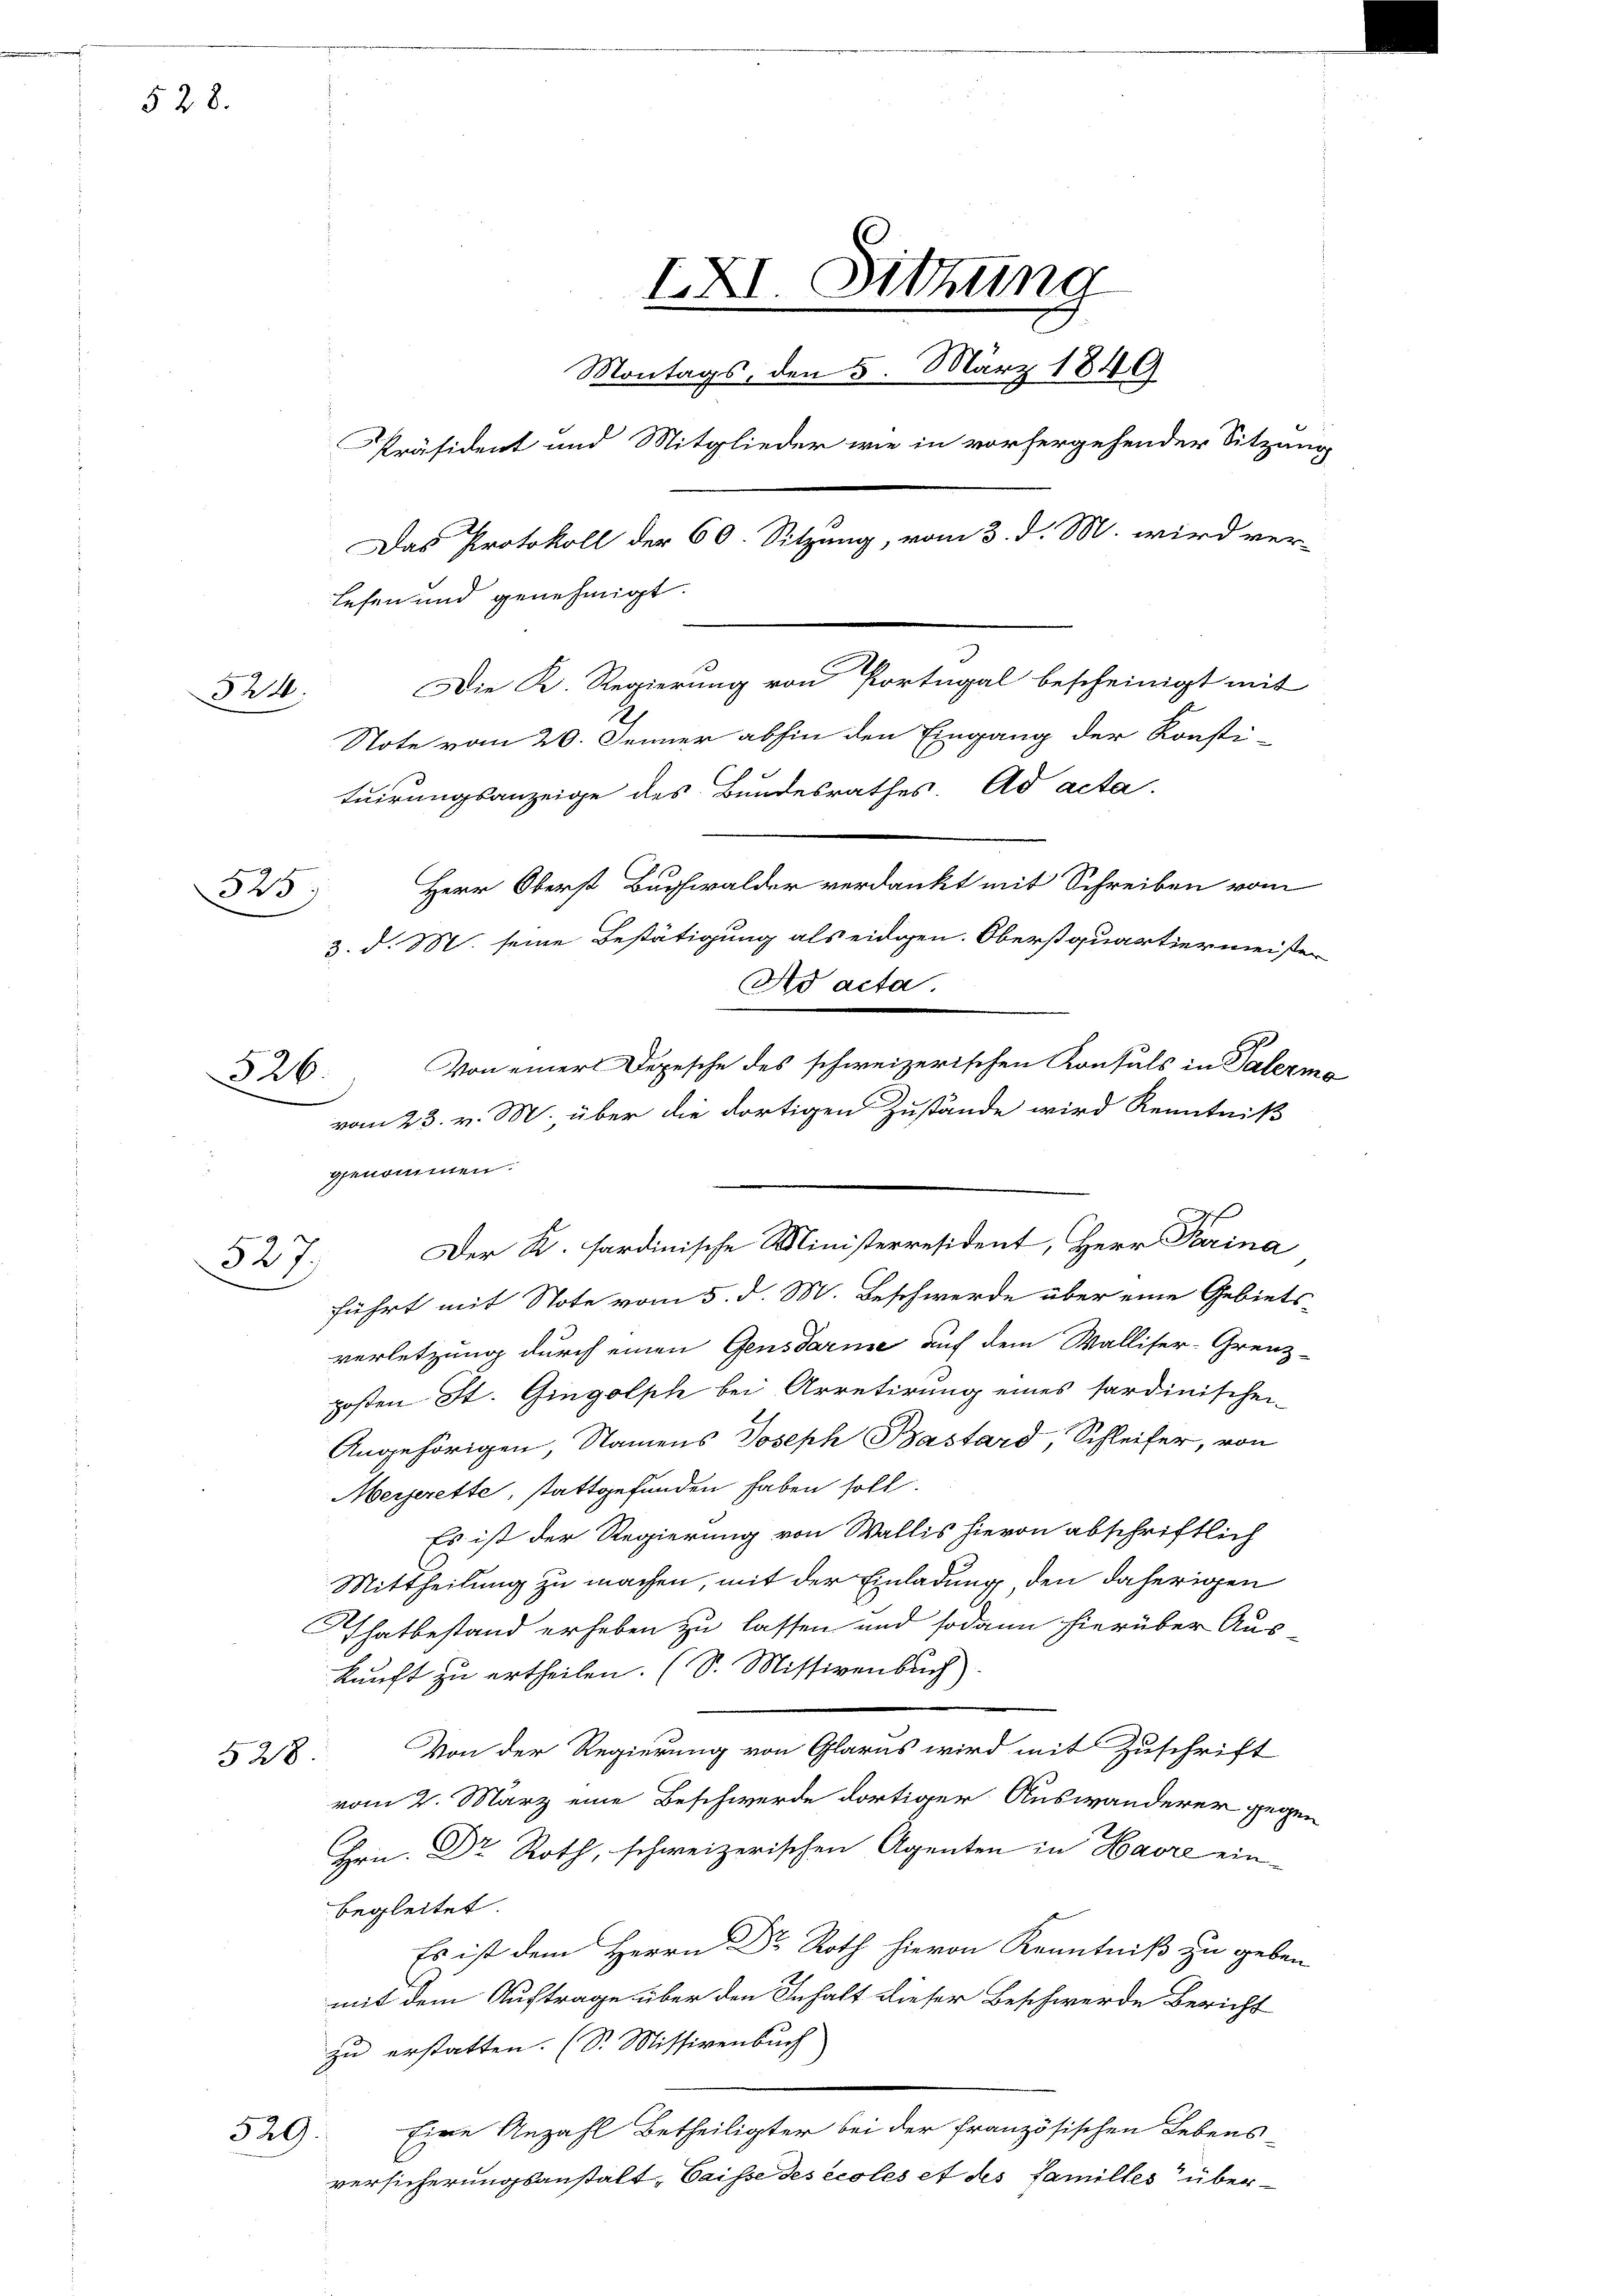
528.

321.

325)

326.

Der K. sardinische Ministerresident, Herr Praina
führt mit Note vom 5. d. M. Beschwerde aber eine Gebiets-
verletzung durch einen Gensdarme auf dem Walliser-Grenz-
posten St. Gingolph bei Arretirung eines Pardinischei-
Angehörigen, Namens Joseph Bastard, Schleifer, von
Meierette, stattgefunden haben soll.
Es ist der Regierung von Wallis hievon abschriftlich
Mittheilung zu machen, mit der Einladung, den daherigen
Thatbestand erheben zu lassen und sodann hierüber Auskunft zu ertheilen. (S. Missivenbuch)
Von der Regierung von Glarus wird mit Zuschrift
528
vom 2. März eine Beschwerde dortiger Auswanderer gegen
Hrn. Dr Roth, schweizerischen Agenten in Havre einbegleitet.
Es ist dem Herrn Dr Roth hievon Kenntniß zu geben
mit dem Auftrage über den Inhalt dieser Beschwerde Bericht
zu erstatten. (S. Missivenbuch
Eine Anzahl Betheiligter bei der französischen Lebens-
529.
versicherungsanstalt-Caisse des écoles et des Familles über¬

XXI. Sitzung
Montags, den 5. März 1849
Präsident und Mitglieder wie in vorhergehender Sitzung
Das Protokoll der 60. Sitzung, vom 3. d. M. wird ver-
lehen und genehmigt.
Die K. Regierung von Portugal bescheinigt mit
Note vom 20. Jenner abhin den Eingang der Konsti-
tuirungsanzeige des Bundesrathes. Ad acta.
Herr Oberst Buchwalder verdankt mit Schreiben vom
3. d. M. seine Bestätigung als eidgen. Oberstquartiermeister
Ad acta.
Von einer Depesche des schweizerischen Konsuls in Palermo
vom 23. v. M. über die dortigen Zustände wird Kenntniß

genommen.
9
52f